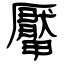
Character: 厴